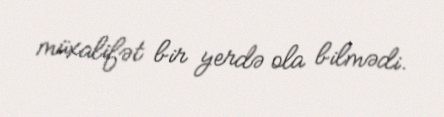
müxalifət bir yerdə ola bilmədi.